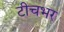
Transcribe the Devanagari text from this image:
टीचभर